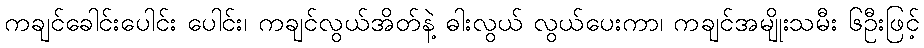
ကချင်ခေါင်းပေါင်း ပေါင်း၊ ကချင်လွယ်အိတ်နဲ့ ဓါးလွယ် လွယ်ပေးကာ၊ ကချင်အမျိုးသမီး ၆ဦးဖြင့်